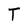
Character: T